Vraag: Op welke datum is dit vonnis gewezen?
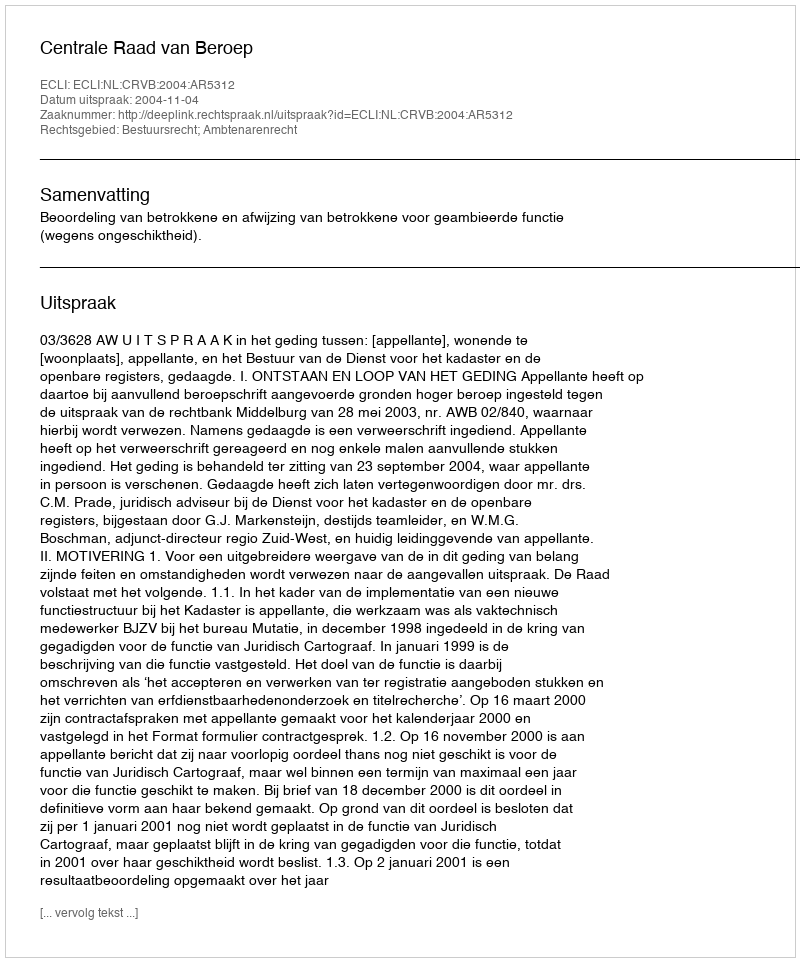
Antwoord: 2004-11-04